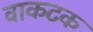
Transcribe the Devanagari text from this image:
वाकटक